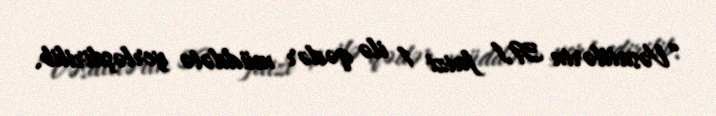
“Vəsaitlərin 39,1 faizi 1 ilə qədər müddətə yerləşdirilib.